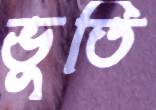
ভুতি